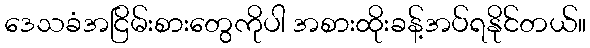
ဒေသခံအငြိမ်းစားတွေကိုပါ အစားထိုးခန့်အပ်ရနိုင်တယ်။